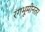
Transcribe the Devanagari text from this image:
रंगभूमीनंतर